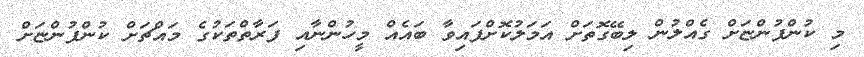
މި ކުންފުންޏަށް ގެއްލުން ލިބޭގޮތަށް އަމަލުކޮށްފައިވާ ބައެއް މީހުންނާއި ފަރާތްތަކުގެ މައްޗަށް ކުންފުންޏަށް